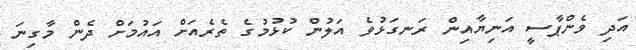
އަދި ވެންޕާސީ އަނިޔާއިން ރަނގަޅުވެ އަލުން ކުޅުމުގެ ތެރެއަށް އައުމަށް ދެން މާގިނަ